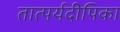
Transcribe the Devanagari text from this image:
तात्पर्यदीपिका